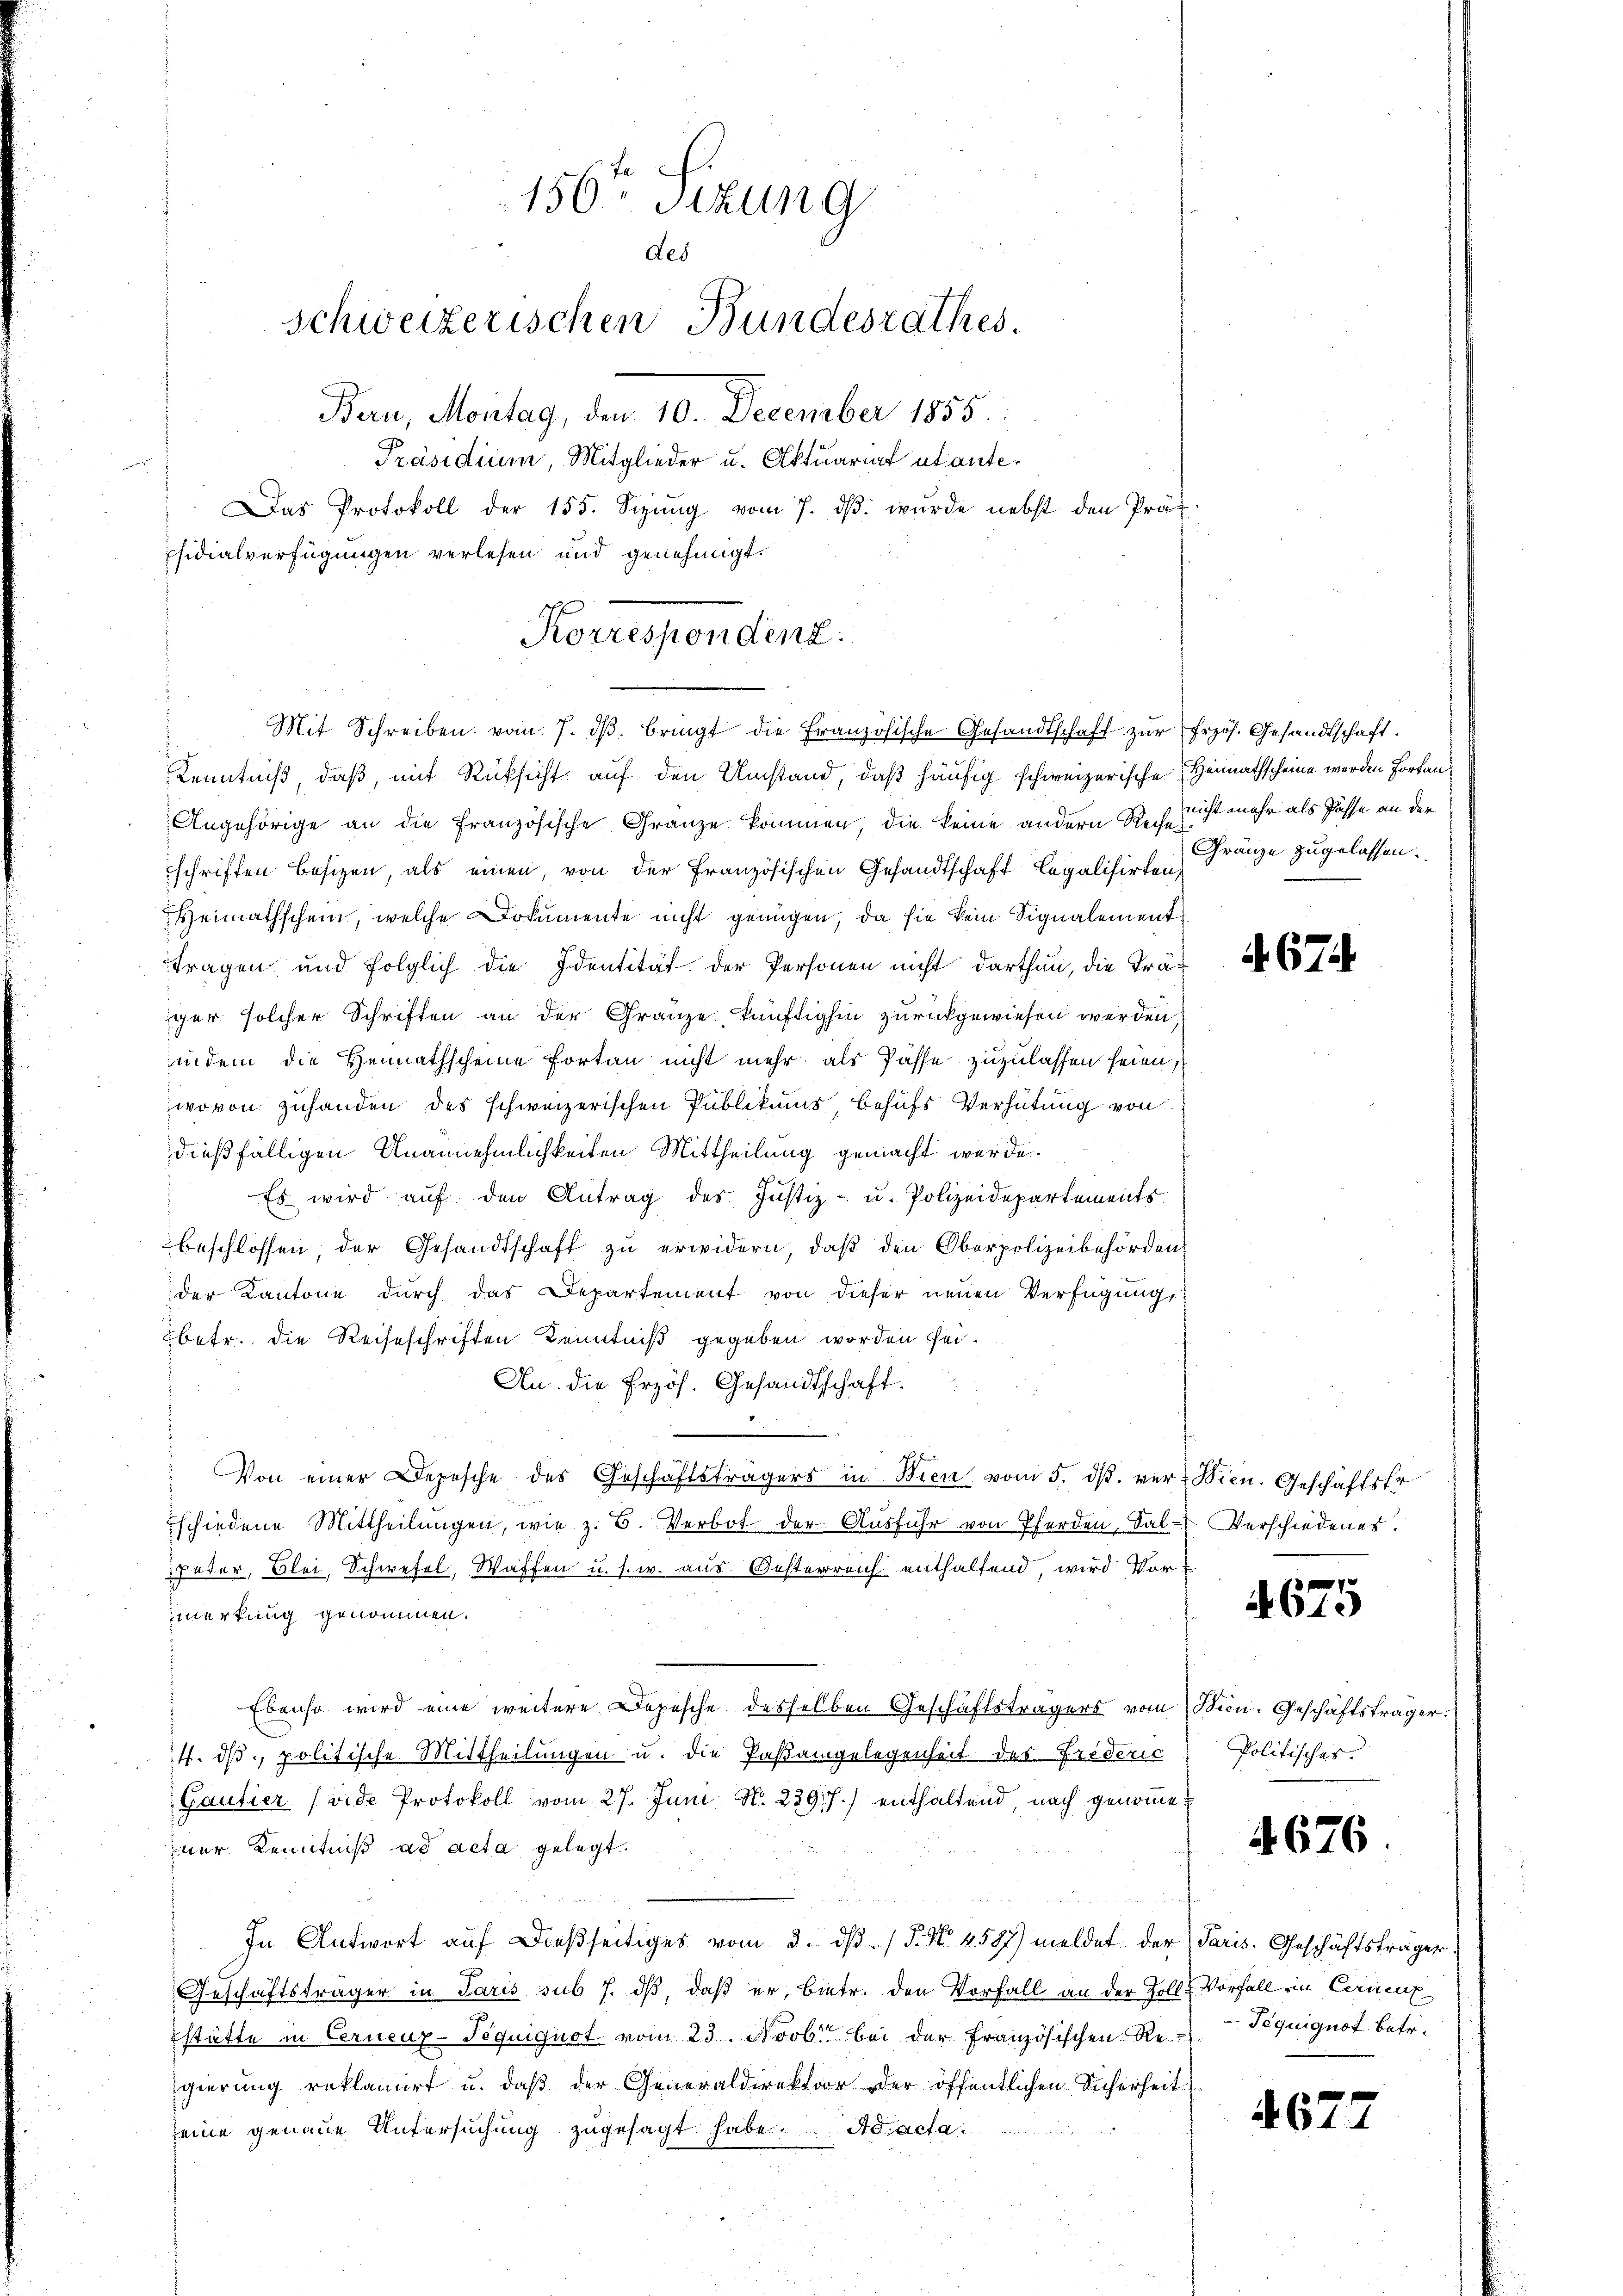
150. Sitzung
des
Schweizerischen Bundesrathes
Bern, Montag, den 10. December 1855.
Präsidium, Mitglieder u. Aktuariat utante¬
Das Protokoll der 155. Sizŭng vom 7. dβ. wurde nebst den Präsidialverfügungen verlesen und genehmigt.

Kenntniß, daß, mit Rücksicht auf den Umstand, daß häufig schweizerische Heimathscheine werden Fortan¬
Angehörige an die französische Gränze kommen, die keine andern Reise nicht mehr als Pässe an der
schriften besizen, als einen, von der Französischen Gesandtschaft legalisirten,
Heimathschein, welche Dokumente nicht genügen, da sie kein Signalement
tragen und folglich die Identität der Personen nicht darthan, die Präger solcher Schriften an der Grauze, künftighin zurückgewiesen werden,
indem die Heimathscheine fortan nicht mehr als Pässe zuzulassen seien,
wovon zuhanden des schweizerischen Publikums behufs Verhütung von
dießfälligen Unannehmlichkeiten Mittheilung gemacht werde.
Es wird aŭf den Antrag des Justiz- u. Polizeidepartements
beschlossen, der Gesandtschaft zu erwidern, daß den Oberpolizeibehörden
der Kantone durch das Departement von dieser neuen Verfügung,
betr. die Reiseschriften Kenntniß gegeben worden sei.
An die Erzös. Gesandtschaft.
Von einer Depesche des Geschäftsträgers in Wien vom 5. dβ ver- Wien. Geschäftsfr
schiedene Mittheilŭngen, wie z. B. Verbot der Aŭsführ von Pferden, Sal- Verschiedenes.
Peter, Blei Schwefel, Waffen u. s. w. aus. Oesterreich enthaltend, wird Vormerkung genommen.
Ebenso wird eine weitere Depesche desselben Geschäftsträgers vom Min. Geschäftsträger.
14. dß politische Mittheilungen u. die Paßangelegenheit des Frederic
Gautier (vide Protokoll vom 27. Juni N. 239 f.) enthaltend, nach genomme
iner Kenntniß ad acta gelegt.
In Antwort auf dießseitiges vom 3. dβ. P. Nr. 4587) meldet der Paris. Geschäftsträger
Geschäftsträger in Paris sub 7. dβ, daß er, betr. den Vorfall an der Zoll-Vorfall ein Cornenz
stätte in Cerneux-Pequiguot vom 23. Novbr. bei der Französischen Re-Tequiguot betr.
gierung reklamirt u. daβ der Generaldirektor der öffentlichen Sicherheit
seine genaue Untersuchung zugesagt habe. Ad acta

Korrespondenz.
Mit Schreiben vom 7. dβ. bringt die französische Gesandtschaft zur Erzös. Gesandtschaft.

Gränze zugelassen.

. 67.

4675

Politisches.

4676

i 67